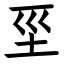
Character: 坙